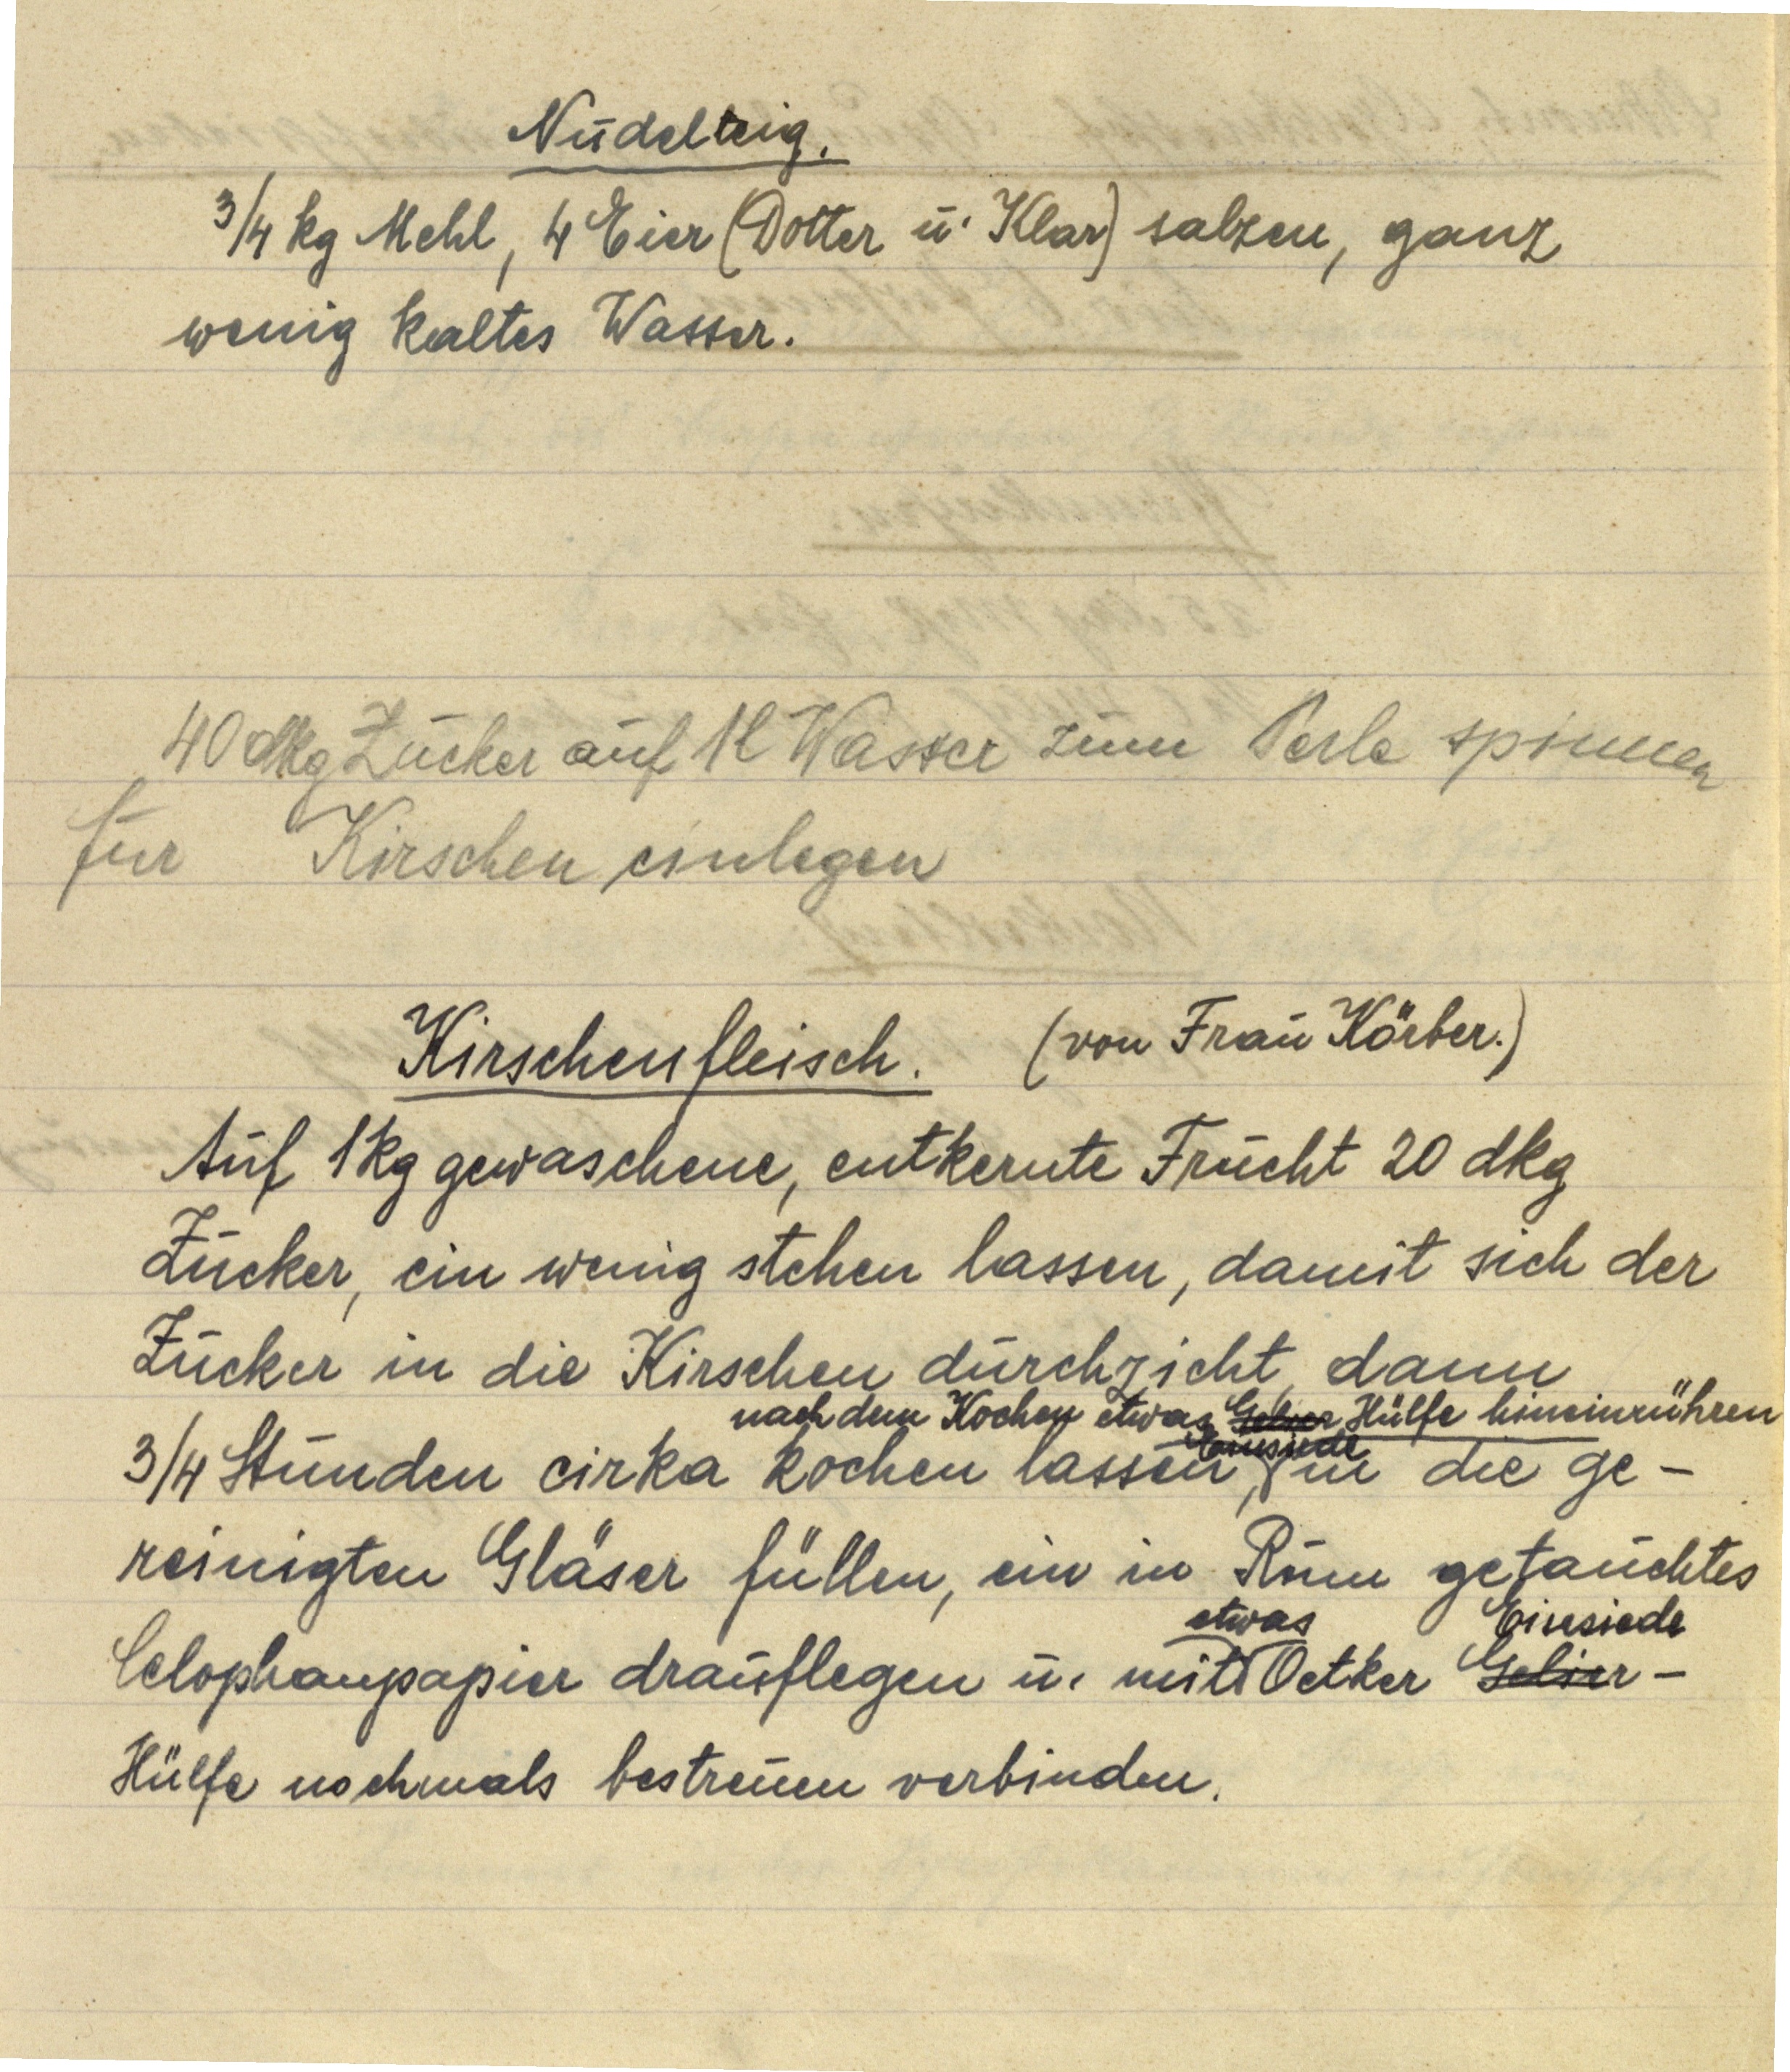
Nudelteig.
¾ kg Mehl, 4 Eier (Dotter u. Klar) salzen, ganz
wenig kaltes Wasser.

40 dkg Zucker auf 1 l Wasser zum Perle spinnen
für Kirschen einlegen.

Kirschenfleisch. (von Frau Körber.)
Auf 1 kg gewaschene, entkernte Frücht 20 dkg
Zucker, ein wenig stehen lassen, damit sich der
Zucker in die Kirschen durchzieht, dann
¾ Stunden cirka kochen lassen, nach dem Kochen etwas Gelier Einsiede Hülfe hineinrühren in die ge¬
reinigten Gläser füllen, ein in Rum getauchtes
Celophanpapier drauflegen u. mit etwas Oetker Gelier Einsiede-
Hülfe nochmals bestreuen verbinden.